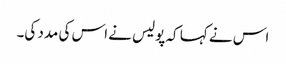
اس نے کہا کہ پولیس نے اس کی مدد کی۔